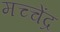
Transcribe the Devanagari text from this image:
मच्चेंद्र